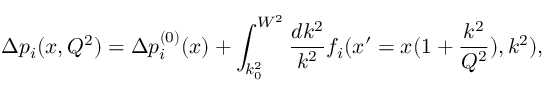
\Delta p _ { i } ( x , Q ^ { 2 } ) = \Delta p _ { i } ^ { ( 0 ) } ( x ) + \int _ { k _ { 0 } ^ { 2 } } ^ { W ^ { 2 } } { \frac { d k ^ { 2 } } { k ^ { 2 } } } f _ { i } ( x ^ { \prime } = x ( 1 + { \frac { k ^ { 2 } } { Q ^ { 2 } } } ) , k ^ { 2 } ) ,